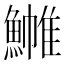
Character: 𬵧